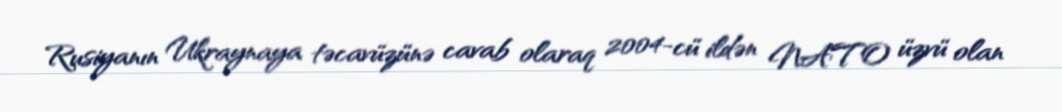
Rusiyanın Ukraynaya təcavüzünə cavab olaraq 2004-cü ildən NATO üzvü olan